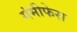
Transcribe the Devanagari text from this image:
गंमीफेरा